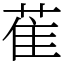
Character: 萑